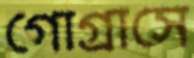
গোগ্রাসে